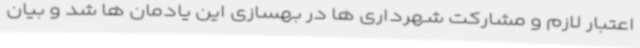
اعتبار لازم و مشارکت شهرداری ها در بهسازی این یادمان ها شد و بیان